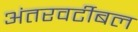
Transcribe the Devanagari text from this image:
अंतरवर्टीबल